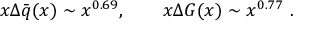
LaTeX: x \Delta \bar { q } ( x ) \sim x ^ { 0 . 6 9 } , ~ ~ ~ ~ ~ ~ x \Delta G ( x ) \sim x ^ { 0 . 7 7 } ~ .